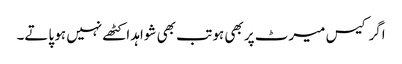
اگر کیس میرٹ پر بھی ہو تب بھی شواہد اکٹھے نہیں ہو پاتے۔